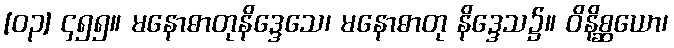
[၀၃] ၄၅၅။ မနောဓာတုနိဒ္ဒေသေ၊ မနောဓာတု နိဒ္ဒေသ၌။ ဝိနိစ္ဆယော၊